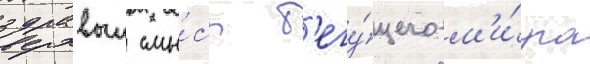
здравыи смы́сл б'егу́щего м'и́ра